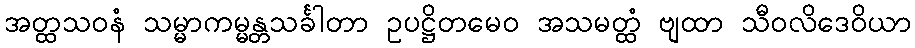
အတ္ထသဝနံ သမ္မာကမ္မန္တသင်္ခါတာ ဥပဋ္ဌိတမေဝ အသမတ္ထံ ဗျထာ သီဝလိဒေဝိယာ